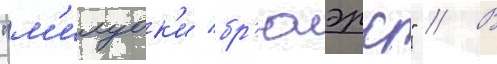
"м'илуок'и бр'юэрс" // В